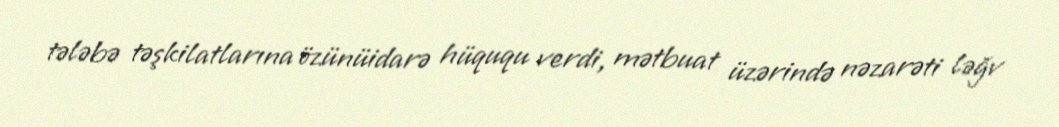
tələbə təşkilatlarına özünüidarə hüququ verdi, mətbuat üzərində nəzarəti ləğv